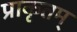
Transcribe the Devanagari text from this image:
प्राकृतम्